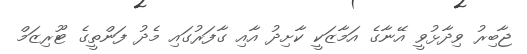
ޖާބިރު ވިދާޅުވީ އޭނާގެ އަމާޒަކީ ކާށިދު އާއި ގާފަރުގައި މެދު ފަންތީގެ ޓޫރިޒަމް